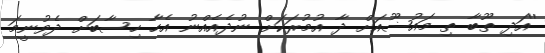
''އަދި ތޫބާ ތި މައުޟޫއަށް ދާ އުމުރަކަށް ނުދެއެއްނު އެހާ ހިސާބަށް ދެވުނީމަ